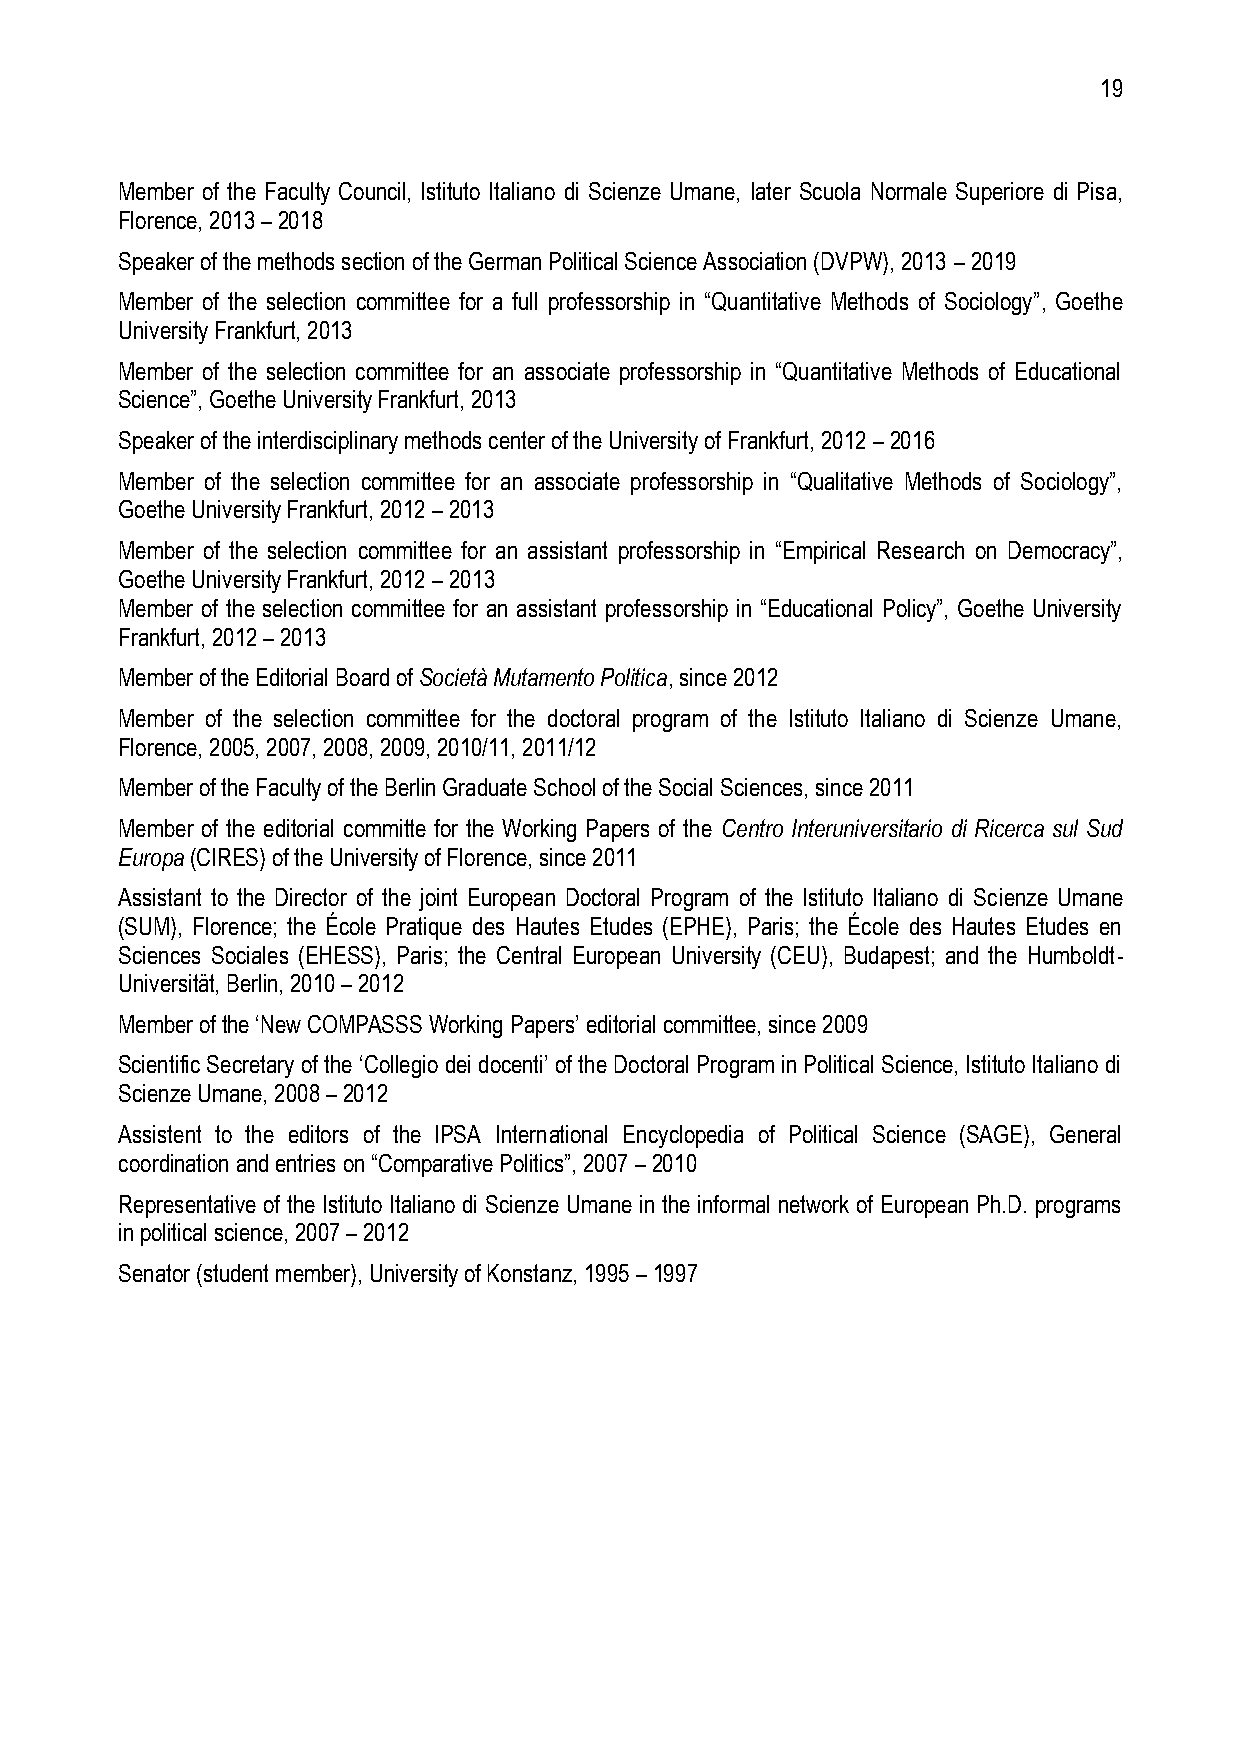
19
 Member of the Faculty Council, Istituto Italiano di Scienze Umane, later Scuola Normale Superiore di Pisa,
 Florence, 2013 – 2018
 Speaker of the methods section of the German Political Science Association (DVPW), 2013 – 2019
 Member of the selection committee for a full professorship in “Quantitative Methods of Sociology”, Goethe
 University Frankfurt, 2013
 Member of the selection committee for an associate professorship in “Quantitative Methods of Educational
 Science”, Goethe University Frankfurt, 2013
 Speaker of the interdisciplinary methods center of the University of Frankfurt, 2012 – 2016
 Member of the selection committee for an associate professorship in “Qualitative Methods of Sociology”,
 Goethe University Frankfurt, 2012 – 2013
 Member of the selection committee for an assistant professorship in “Empirical Research on Democracy”,
 Goethe University Frankfurt, 2012 – 2013
 Member of the selection committee for an assistant professorship in “Educational Policy”, Goethe University
 Frankfurt, 2012 – 2013
 Member of the Editorial Board of Società Mutamento Politica, since 2012
 Member of the selection committee for the doctoral program of the Istituto Italiano di Scienze Umane,
 Florence, 2005, 2007, 2008, 2009, 2010/11, 2011/12
 Member of the Faculty of the Berlin Graduate School of the Social Sciences, since 2011
 Member of the editorial committe for the Working Papers of the Centro Interuniversitario di Ricerca sul Sud
 Europa (CIRES) of the University of Florence, since 2011
 Assistant to the Director of the joint European Doctoral Program of the Istituto Italiano di Scienze Umane
 (SUM), Florence; the École Pratique des Hautes Etudes (EPHE), Paris; the École des Hautes Etudes en
 Sciences Sociales (EHESS), Paris; the Central European University (CEU), Budapest; and the Humboldt-
 Universität, Berlin, 2010 – 2012
 Member of the ‘New COMPASSS Working Papers’ editorial committee, since 2009
 Scientific Secretary of the ‘Collegio dei docenti’ of the Doctoral Program in Political Science, Istituto Italiano di
 Scienze Umane, 2008 – 2012
 Assistent to the editors of the IPSA International Encyclopedia of Political Science (SAGE), General
 coordination and entries on “Comparative Politics”, 2007 – 2010
 Representative of the Istituto Italiano di Scienze Umane in the informal network of European Ph.D. programs
 in political science, 2007 – 2012
 Senator (student member), University of Konstanz, 1995 – 1997